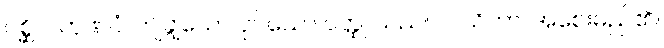
ပိစ္ဆိလကုဏပံ၊ ကျိချွဲသော ပုပ်သော ဝတ္ထု သည်။ လသိကာ၊ အစေးမည်၏။